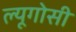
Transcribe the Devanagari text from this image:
ल्यूगोसी